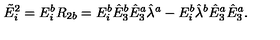
\tilde { E } _ { i } ^ { 2 } = E _ { i } ^ { b } R _ { 2 b } = E _ { i } ^ { b } \hat { E } _ { 3 } ^ { b } \hat { E } _ { 3 } ^ { a } \hat { \lambda } ^ { a } - E _ { i } ^ { b } \hat { \lambda } ^ { b } \hat { E } _ { 3 } ^ { a } \hat { E } _ { 3 } ^ { a } .